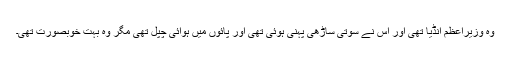
وہ وزیراعظم انڈیا تھی اور اس نے سوتی ساڑھی پہنی ہوئی تھی اور پائوں میں ہوائی چپل تھی مگر وہ بہت خوبصورت تھی۔